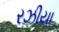
રઝીયા